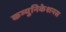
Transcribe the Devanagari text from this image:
कम्युनिकेशनस